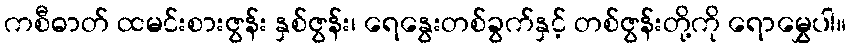
ကစီဓာတ် ထမင်းစားဇွန်း နှစ်ဇွန်း၊ ရေနွေးတစ်ခွက်နှင့် တစ်ဇွန်းတို့ကို ရောမွှေပါ။